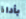
بأداة